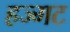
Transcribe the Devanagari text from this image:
हज्मट